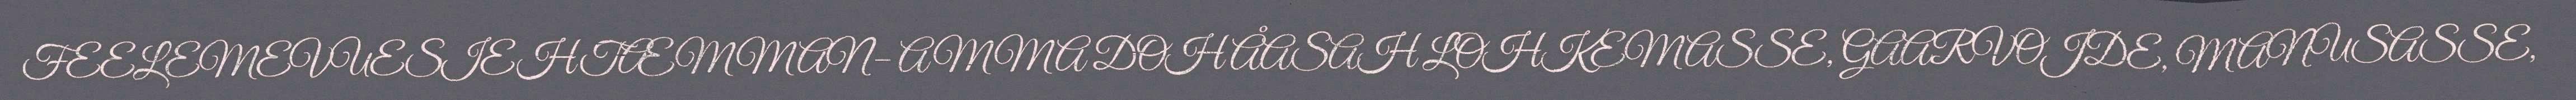
FEELEMEVUESIEHTÆMMAN– AMMA DOH ÅASAH LOHKEMASSE, GAARVOJDE, MANUSASSE,